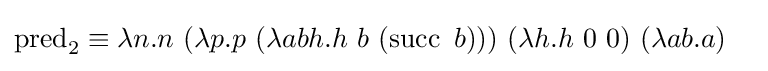
{\begin{aligned}\operatorname {pred} _{2}\equiv \lambda n.n\ &(\lambda p.p\ (\lambda abh.h\ b\ (\operatorname {succ} \ b)))\,\,(\lambda h.h\ 0\ 0)\,\,(\lambda ab.a)\end{aligned}}